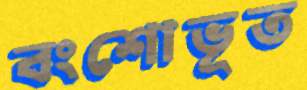
বংশোভূত